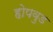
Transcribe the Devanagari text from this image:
होपवुड